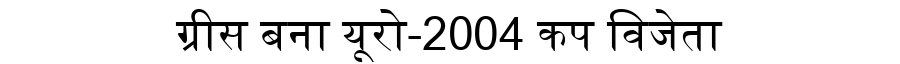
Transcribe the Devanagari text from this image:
ग्रीस बना यूरो-2004 कप विजेता